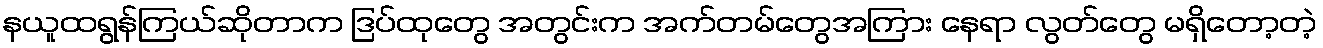
နယူထရွန်ကြယ်ဆိုတာက ဒြပ်ထုတွေ အတွင်းက အက်တမ်တွေအကြား နေရာ လွတ်တွေ မရှိတော့တဲ့